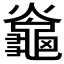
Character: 𪚯